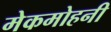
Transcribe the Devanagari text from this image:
मेकमोहनी